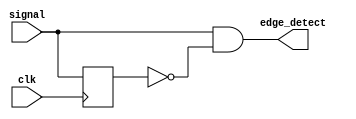
`timescale 1ns / 1ps
//////////////////////////////////////////////////////////////////////////////////
// Company: 
// Engineer: 
// 
// Design Name: 
// Module Name: pos_edge_detector
// Project Name: 
// Target Devices: 
// Tool Versions: 
// Description: 
// 
// Dependencies: 
// 
// Revision:
// Revision 0.01 - File Created
// Additional Comments:
// 
//////////////////////////////////////////////////////////////////////////////////


module pos_edge_detector( input signal,clk,
output edge_detect

    );
    reg signal_dly;
always @(posedge clk)
begin signal_dly<=signal;
end
assign edge_detect = signal & ~(signal_dly);
endmodule